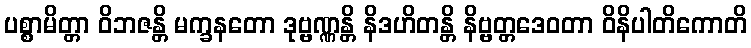
ပစ္စာမိတ္တာ ဝိဘဇန္တိ မက္ခနတော ဒုဗ္ဗဏ္ဏန္တိ နိဒဟိတန္တိ နိဗ္ဗတ္တဒေဝတာ ဝိနိပါတိကောတိ